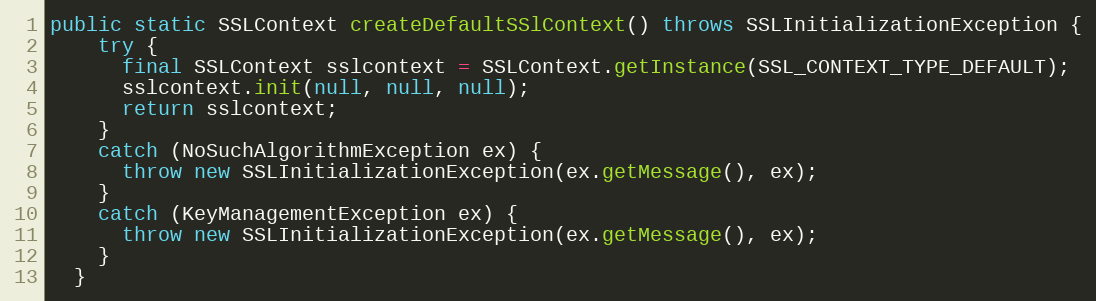
Language: Java
public static SSLContext createDefaultSSlContext() throws SSLInitializationException {
    try {
      final SSLContext sslcontext = SSLContext.getInstance(SSL_CONTEXT_TYPE_DEFAULT);
      sslcontext.init(null, null, null);
      return sslcontext;
    }
    catch (NoSuchAlgorithmException ex) {
      throw new SSLInitializationException(ex.getMessage(), ex);
    }
    catch (KeyManagementException ex) {
      throw new SSLInitializationException(ex.getMessage(), ex);
    }
  }